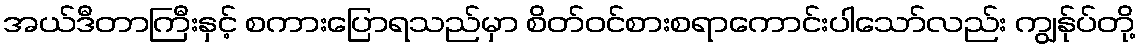
အယ်ဒီတာကြီးနှင့် စကားပြောရသည်မှာ စိတ်ဝင်စားစရာကောင်းပါသော်လည်း ကျွန်ုပ်တို့